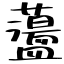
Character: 蘯